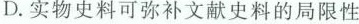
D. 实物史料可弥补文献史料的局限性